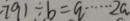
7 9 1 \div b = q \cdots 2 a